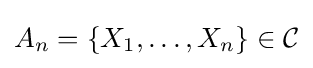
A_{n}=\{X_{1},\ldots ,X_{n}\}\in {\mathcal {C}}